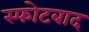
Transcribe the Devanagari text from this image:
स्फोटबाद